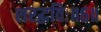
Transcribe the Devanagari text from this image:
शरद्धविः॥६॥